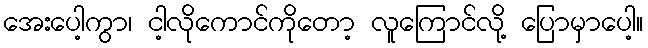
အေးပေါ့ကွာ၊ ငါ့လိုကောင်ကိုတော့ လူကြောင်လို့ ပြောမှာပေါ့။